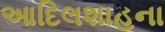
આદિલશાહના